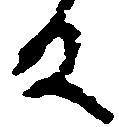
殿